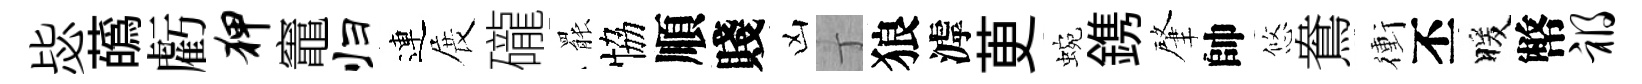
毖蘤虧狎竈归連展礲罷恊順賤凶丁狼滹茰蜿鎸肇帥悠鴦衝丕暖幣祸